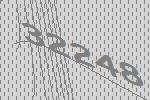
32248